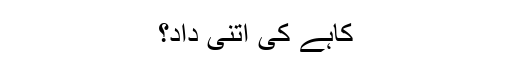
کاہے کی اتنی داد؟